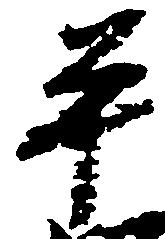
平